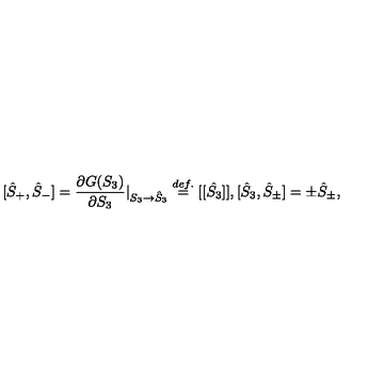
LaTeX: [ \hat { S } _ { + } , \hat { S } _ { - } ] = \displaystyle \frac { \partial G ( S _ { 3 } ) } { \partial S _ { 3 } } \vert _ { S _ { 3 } \to \hat { S } _ { 3 } } \stackrel { d e f . } { = } [ [ \hat { S _ { 3 } } ] ] , [ \hat { S } _ { 3 } , \hat { S } _ { \pm } ] = \pm \hat { S } _ { \pm } ,